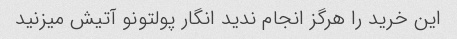
این خرید را هرگز انجام ندید انگار پولتونو آتیش میزنید